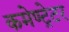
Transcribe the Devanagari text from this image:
कमेण्ट्रेटर